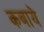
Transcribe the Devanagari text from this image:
कबाये